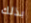
بذلك